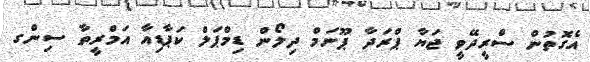
އެގޮތުން ސްރީދޭވީ ޖަޔާ ޕްރަދާ ޕޫނަމް ދިލޯން ޑިމްޕަލް ކަޕާޑިއާ އަމްރީތާ ސިންގ